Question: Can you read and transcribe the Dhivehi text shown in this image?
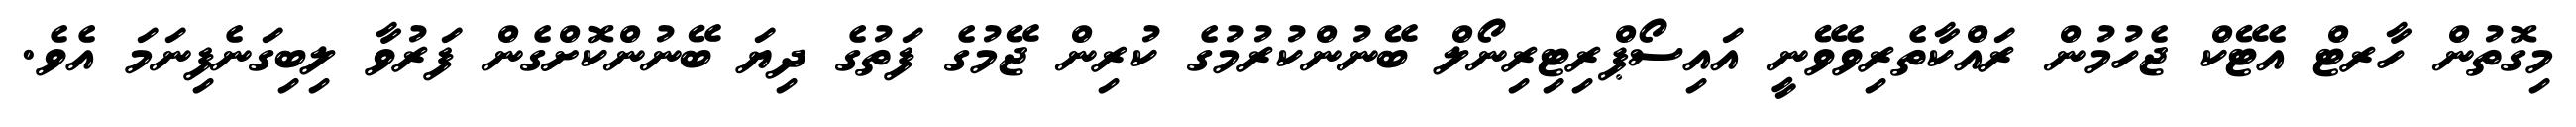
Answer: މިގޮތުން ހާރޓް އެޓޭކް ޖެހުމުން ރައްކާތެރިވެވޭނީ އައިސޯޕްރިޓިރިނޯލް ބޭނުންކުރުމުގެ ކުރިން ޖޭމުގެ ފަތުގެ ދިޔަ ބޭނުންކޮށްގެން ފަރުވާ ލިބިގަނެފިނަމަ އެވެ.